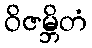
ဝိဇမ္ဘိတံ